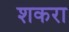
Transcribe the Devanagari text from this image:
शकरा